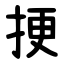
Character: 挭